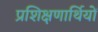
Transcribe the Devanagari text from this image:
प्रशिक्षणार्थियों